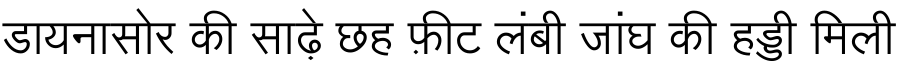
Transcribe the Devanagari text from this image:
डायनासोर की साढ़े छह फ़ीट लंबी जांघ की हड्डी मिली